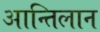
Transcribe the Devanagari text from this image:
आन्तिलान